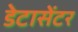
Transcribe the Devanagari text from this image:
डेटासेंटर